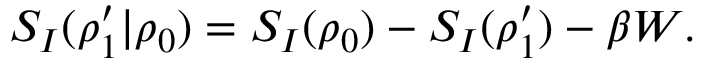
S _ { I } ( \rho _ { 1 } ^ { \prime } | \rho _ { 0 } ) = S _ { I } ( \rho _ { 0 } ) - S _ { I } ( \rho _ { 1 } ^ { \prime } ) - \beta W .